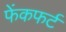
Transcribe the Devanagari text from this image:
फेंकफर्ट